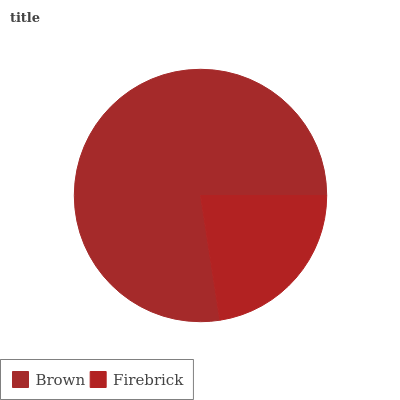
| Brown | Firebrick |
 | --- | --- |
 | 77.4% | 22.6% |